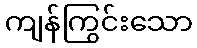
ကျန်ကြွင်းသော